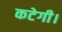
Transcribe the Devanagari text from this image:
कटेगी।